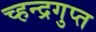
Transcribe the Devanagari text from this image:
च्हन्द्रगुप्त